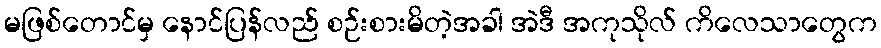
မဖြစ်တောင်မှ နောင်ပြန်လည် စဉ်းစားမိတဲ့အခါ အဲဒီ အကုသိုလ် ကိလေသာတွေက